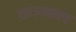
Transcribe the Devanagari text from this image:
घाटाजवळच